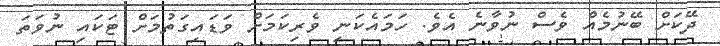
ދޭކަށް ބޭނުމެއް ވެސް ނުވާނެ އެވެ. ހަމައެކަނި ވެރިކަމަށް ވަޑައިގަތުމަށް ޓަކައި ނުވަތަ